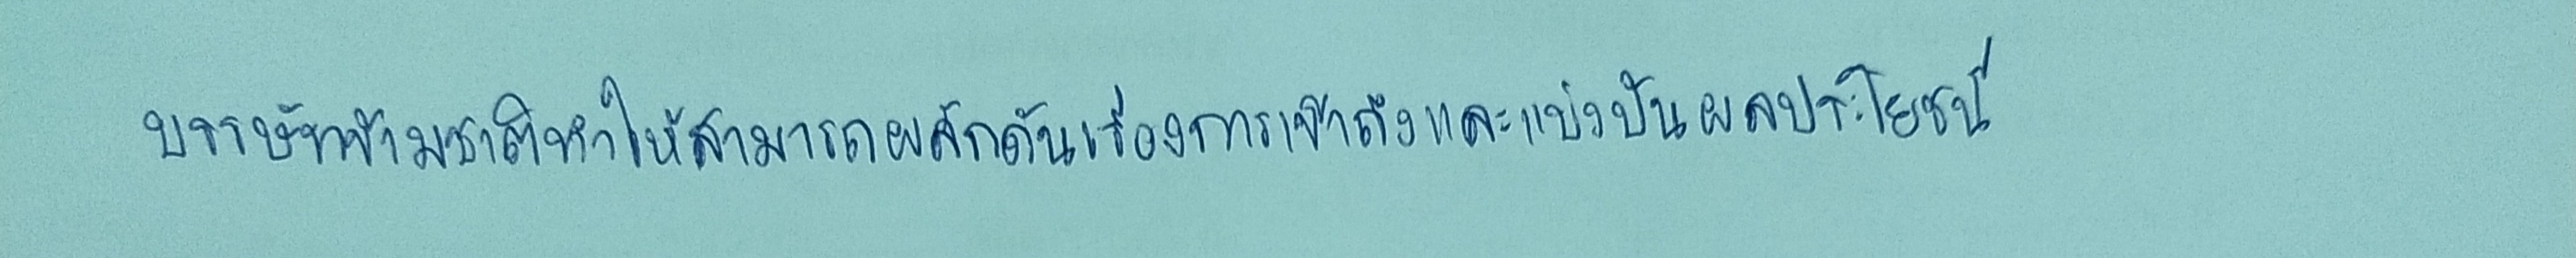
บรรษัทข้ามชาติทำให้สามารถผลักดันเรื่องการเข้าถึงและแบ่งปันผลประโยชน์